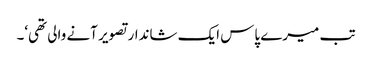
تب میرے پاس ایک شاندار تصویر آنے والی تھی‘۔